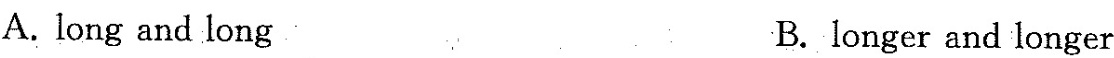
A. long and long B.longer and longer